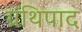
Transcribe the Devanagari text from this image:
ग्रंथिपाद